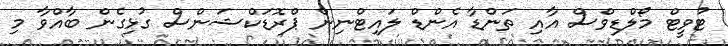
ޓުވީޓް މޯލްޑިވްސް އާއި ތަންޑާ އެންޑް ލައިޓްނިން ޕްރޮޑަކްޝަންސް ގުޅިގެން ބާއްވާ މި